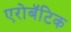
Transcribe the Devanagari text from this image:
एरोबॅटिक